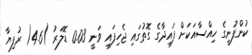
ކުންފުނީގެ ހިއްސާއަކަށް ފައިދާގެ ގޮތުގައި ޖެހިފައި ވަނީ 0.03 ޑޮލަރު )4.6( ރުފިޔާ